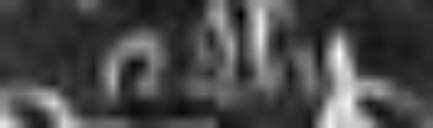
et alii